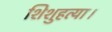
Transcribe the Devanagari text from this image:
शिशुहत्या।